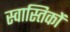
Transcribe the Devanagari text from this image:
स्वास्तिकों